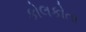
કોલકોતા